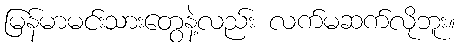
မြန်မာမင်းသားတွေနဲ့လည်း လက်မဆက်လိုဘူး။